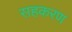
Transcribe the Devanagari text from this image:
सहकरण